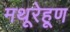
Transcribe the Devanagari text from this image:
मथूरेहूण